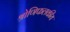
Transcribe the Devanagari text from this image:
श्रोणिफलकीय